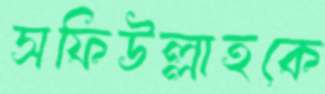
সফিউল্লাহকে